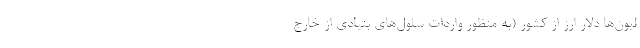
لیون‌ها دلار ارز از كشور (به منظور واردات سلول‌های بنیادی از خارج